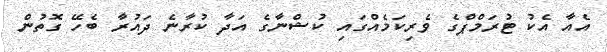
އެއާ އެކު ޓުރަމްޕްގެ ވެރިކަމެއްގައި ކުޝްނާގެ އަދާ ކުރާނެ ދައުރާ ބެހޭ ގޮތުން